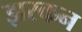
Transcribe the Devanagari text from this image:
झरकन